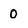
Character: 0